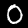
Label: 0